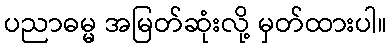
ပညာဓမ္မ အမြတ်ဆုံးလို့ မှတ်ထားပါ။